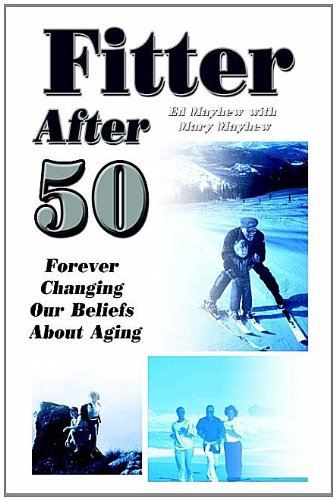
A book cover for Fitter After 50: Forever Changing Our Beliefs About Aging; Ed Mayhew; Health, Fitness & Dieting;